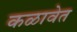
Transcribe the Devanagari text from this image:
कळावेत